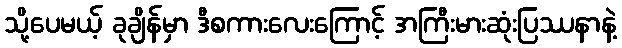
သို့ပေမယ့် ခုချိန်မှာ ဒီစကားလေးကြောင့် အကြီးမားဆုံးပြဿနာနဲ့